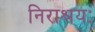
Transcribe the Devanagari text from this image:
निराश्रयः